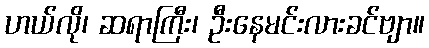
ဟယ်လို၊ ဆရာကြီး၊ ဦးနေမင်းလားခင်ဗျာ။